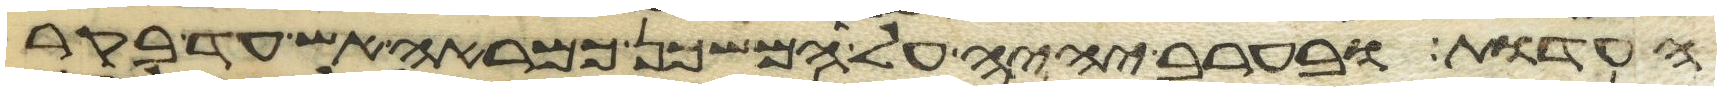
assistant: העדות ובערב יהיה על המשכן כמראה אש עד בקר